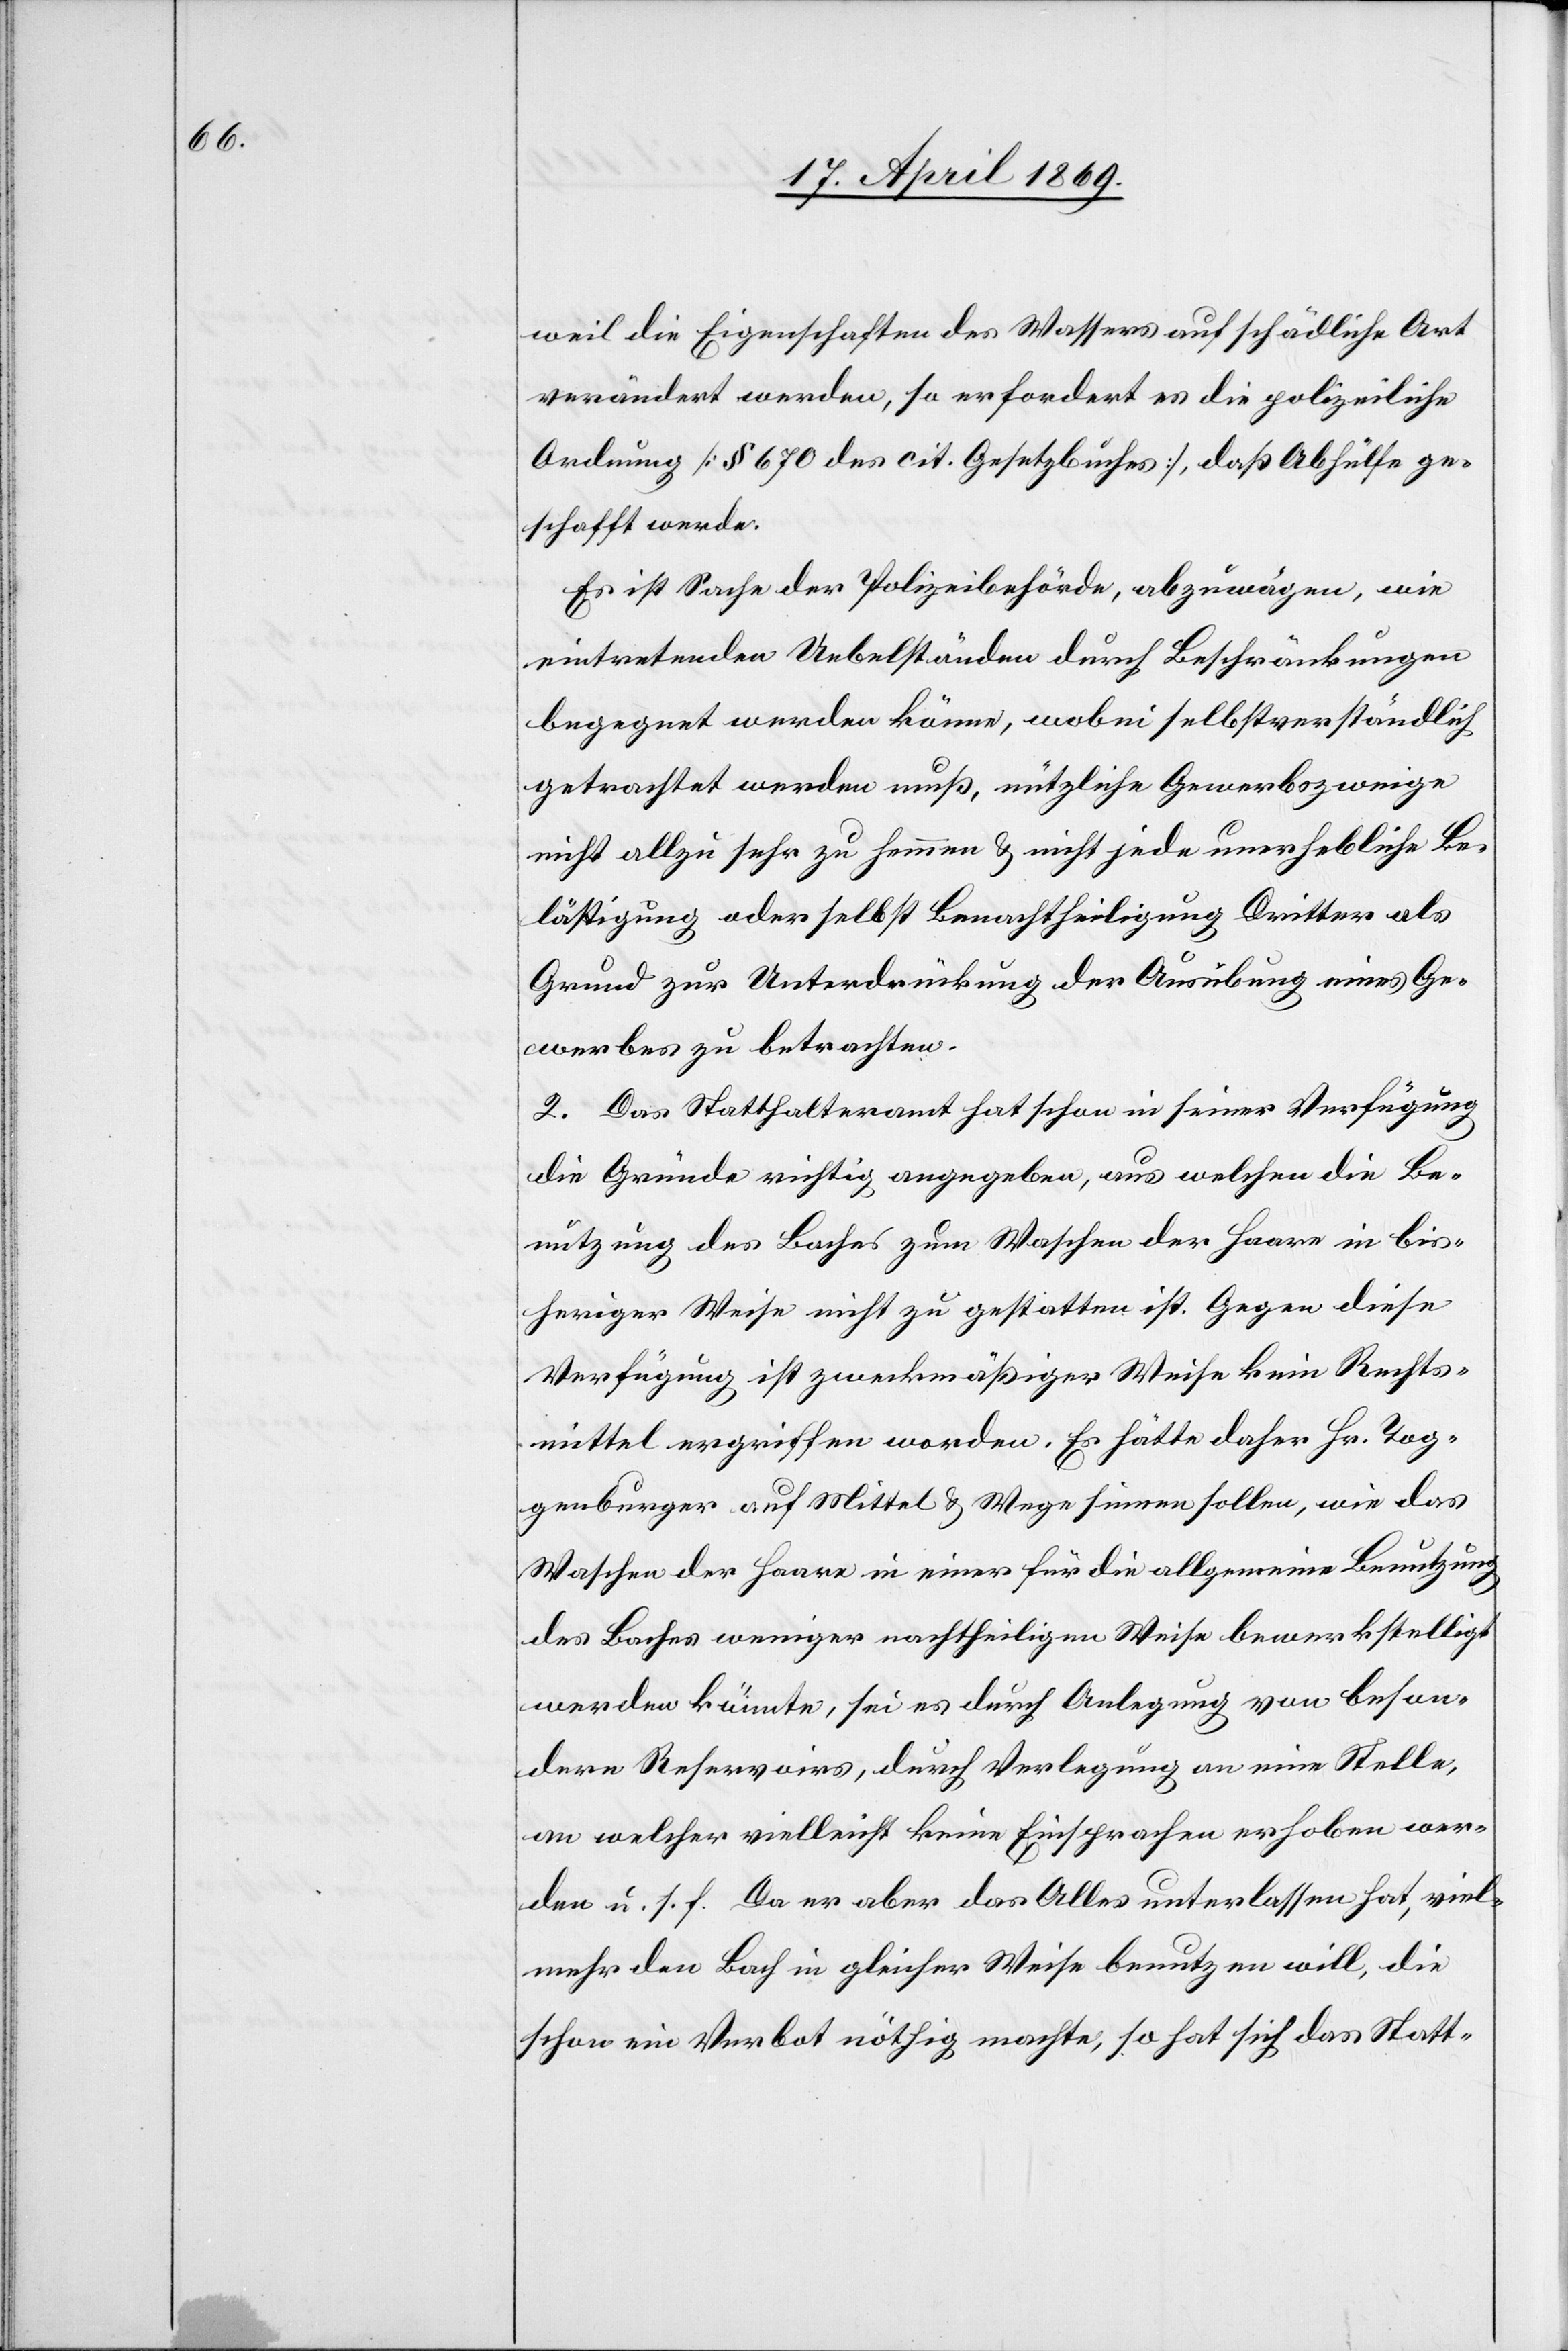
weil die Eigenschaften des Wassers auf schädliche Art
verändert werden, so erfordert es die polizeiliche
Ordnung [§ 670 des cit. Gesetzbuches], daß Abhülfe ge¬
schafft werde.
Es ist Sache der Polizeibehörde, abzuwägen, wie
eintretenden Uebelständen durch Beschränkungen
begegnet werden könne, wobei selbstverständlich
getrachtet werden muß, nützliche Gewerbszweige
nicht allzu sehr zu hemmen u. nicht jede unerhebliche Be¬
lästigung oder selbst Benachtheiligung Dritter als
Grund zur Unterdrückung der Ausübung eines Ge¬
werbes zu betrachten.
2. Das Statthalteramt hat schon in seiner Verfügung
die Gründe richtig angegeben, aus welchen die Be¬
nutzung des Baches zum Waschen der Haare in bis¬
heriger Weise nicht zu gestatten ist. Gegen diese
Verfügung ist zweckmäßiger Weise kein Rechts¬
mittel ergriffen worden. Es hätte daher Hr. Tog¬
genburger auf Mittel u. Wege sinnen sollen, wie das
Waschen der Haare in einer für die allgemeine Benutzung
des Baches weniger nachtheiligen Weise bewerkstelligt
werden könnte, sei es durch Anlegung von beson¬
dern Reservoirs, durch Verlegung an eine Stelle,
an welche vielleicht keine Einsprachen erhoben wer¬
den u. s. f. Da er aber das Alles unterlassen hat, viel¬
mehr den Bach in gleicher Weise benutzen will, die
schon ein Verbot nöthig machte, so hat sich das Statt-